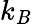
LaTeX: k_{\mathit{B}}